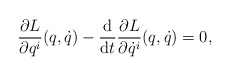
\begin{gather*} \frac{ \partial L }{ \partial q ^i } ( q, \dot{q} ) - \frac{\mathrm{d}}{\mathrm{d}t} \frac{ \partial L }{ \partial \dot{q} ^i } ( q, \dot{q} ) = 0,\end{gather*}